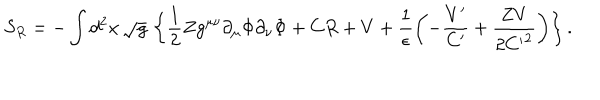
LaTeX: S _ { R } = - \int d ^ { 2 } x \, \sqrt { g } \, \left\{ \frac { 1 } { 2 } Z g ^ { \mu \nu } \partial _ { \mu } \Phi \partial _ { \nu } \Phi + C R + V + \frac { 1 } { \epsilon } \left( - \frac { V ^ { \prime } } { C ^ { \prime } } + \frac { Z V } { 2 { C ^ { \prime } } ^ { 2 } } \right) \right\} .